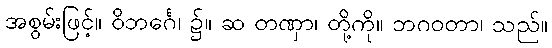
အစွမ်းဖြင့်။ ဝိဘင်္ဂေ၊ ၌။ ဆ တဏှာ၊ တို့ကို။ ဘဂဝတာ၊ သည်။